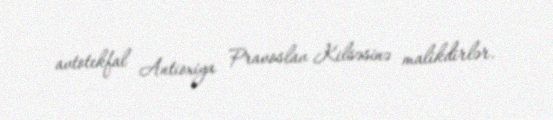
avtotekfal Antioxiya Pravoslav Kilsəsinə malikdirlər.